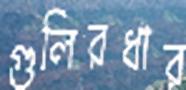
গুলিরধার